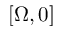
[ \Omega , 0 ]